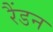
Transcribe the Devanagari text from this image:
रैंडन